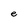
Character: e